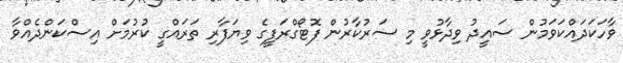
ވާހަކަދައްކަވަމުން ސައީދު ވިދާޅުވީ މި ސަރުކާރުން ފޮޓޯގްރަފީގެ ވިޔަފާރި ތަރައްގީ ކުރުމަށް އިސްކަންދެއްވާ